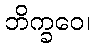
ဘိက္ခဝေ၊